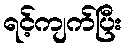
ရင့်ကျက်ပြီး